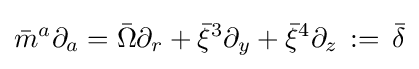
{\bar {m}}^{a}\partial _{a}={\bar {\Omega }}\partial _{r}+{\bar {\xi }}^{3}\partial _{y}+{\bar {\xi }}^{4}\partial _{z}\,:=\,{\bar {\delta }}